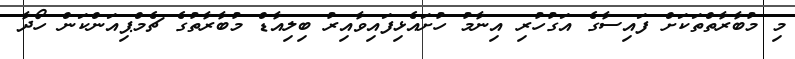
މި މުބާރާތްތަކަށް ފައިސާގެ އަގުހުރި އިނާމު ހުށައެޅިފައިވާއިރު ބިލިއާޑް މުބާރާތުގެ ޗެމްޕިއަންކަން ހޯދާ